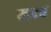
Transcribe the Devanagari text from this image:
खरचं